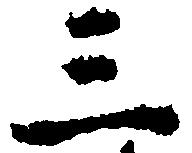
三